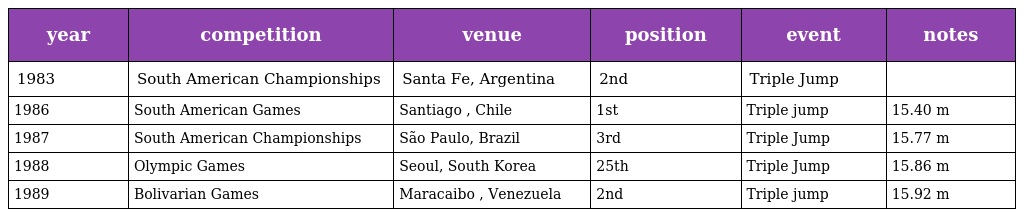
| year | competition | venue | position | event | notes |
 | --- | --- | --- | --- | --- | --- |
 | 1983 | South American Championships | Santa Fe, Argentina | 2nd | Triple Jump |  |
 | 1986 | South American Games | Santiago , Chile | 1st | Triple jump | 15.40 m |
 | 1987 | South American Championships | São Paulo, Brazil | 3rd | Triple Jump | 15.77 m |
 | 1988 | Olympic Games | Seoul, South Korea | 25th | Triple Jump | 15.86 m |
 | 1989 | Bolivarian Games | Maracaibo , Venezuela | 2nd | Triple jump | 15.92 m |